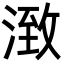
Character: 㴛